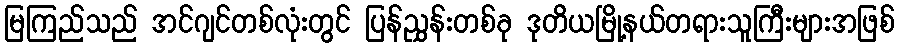
မြကြည်သည် အင်ဂျင်တစ်လုံးတွင် ပြန်ညွှန်းတစ်ခု ဒုတိယမြို့နယ်တရားသူကြီးများအဖြစ်